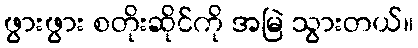
ဖွားဖွား စတိုးဆိုင်ကို အမြဲ သွားတယ်။